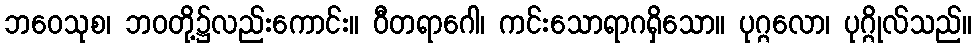
ဘဝေသုစ၊ ဘဝတို့၌လည်းကောင်း။ ဝီတရာဂေါ၊ ကင်းသောရာဂရှိသော။ ပုဂ္ဂလော၊ ပုဂ္ဂိုလ်သည်။